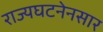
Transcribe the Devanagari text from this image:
राज्यघटनेनसार